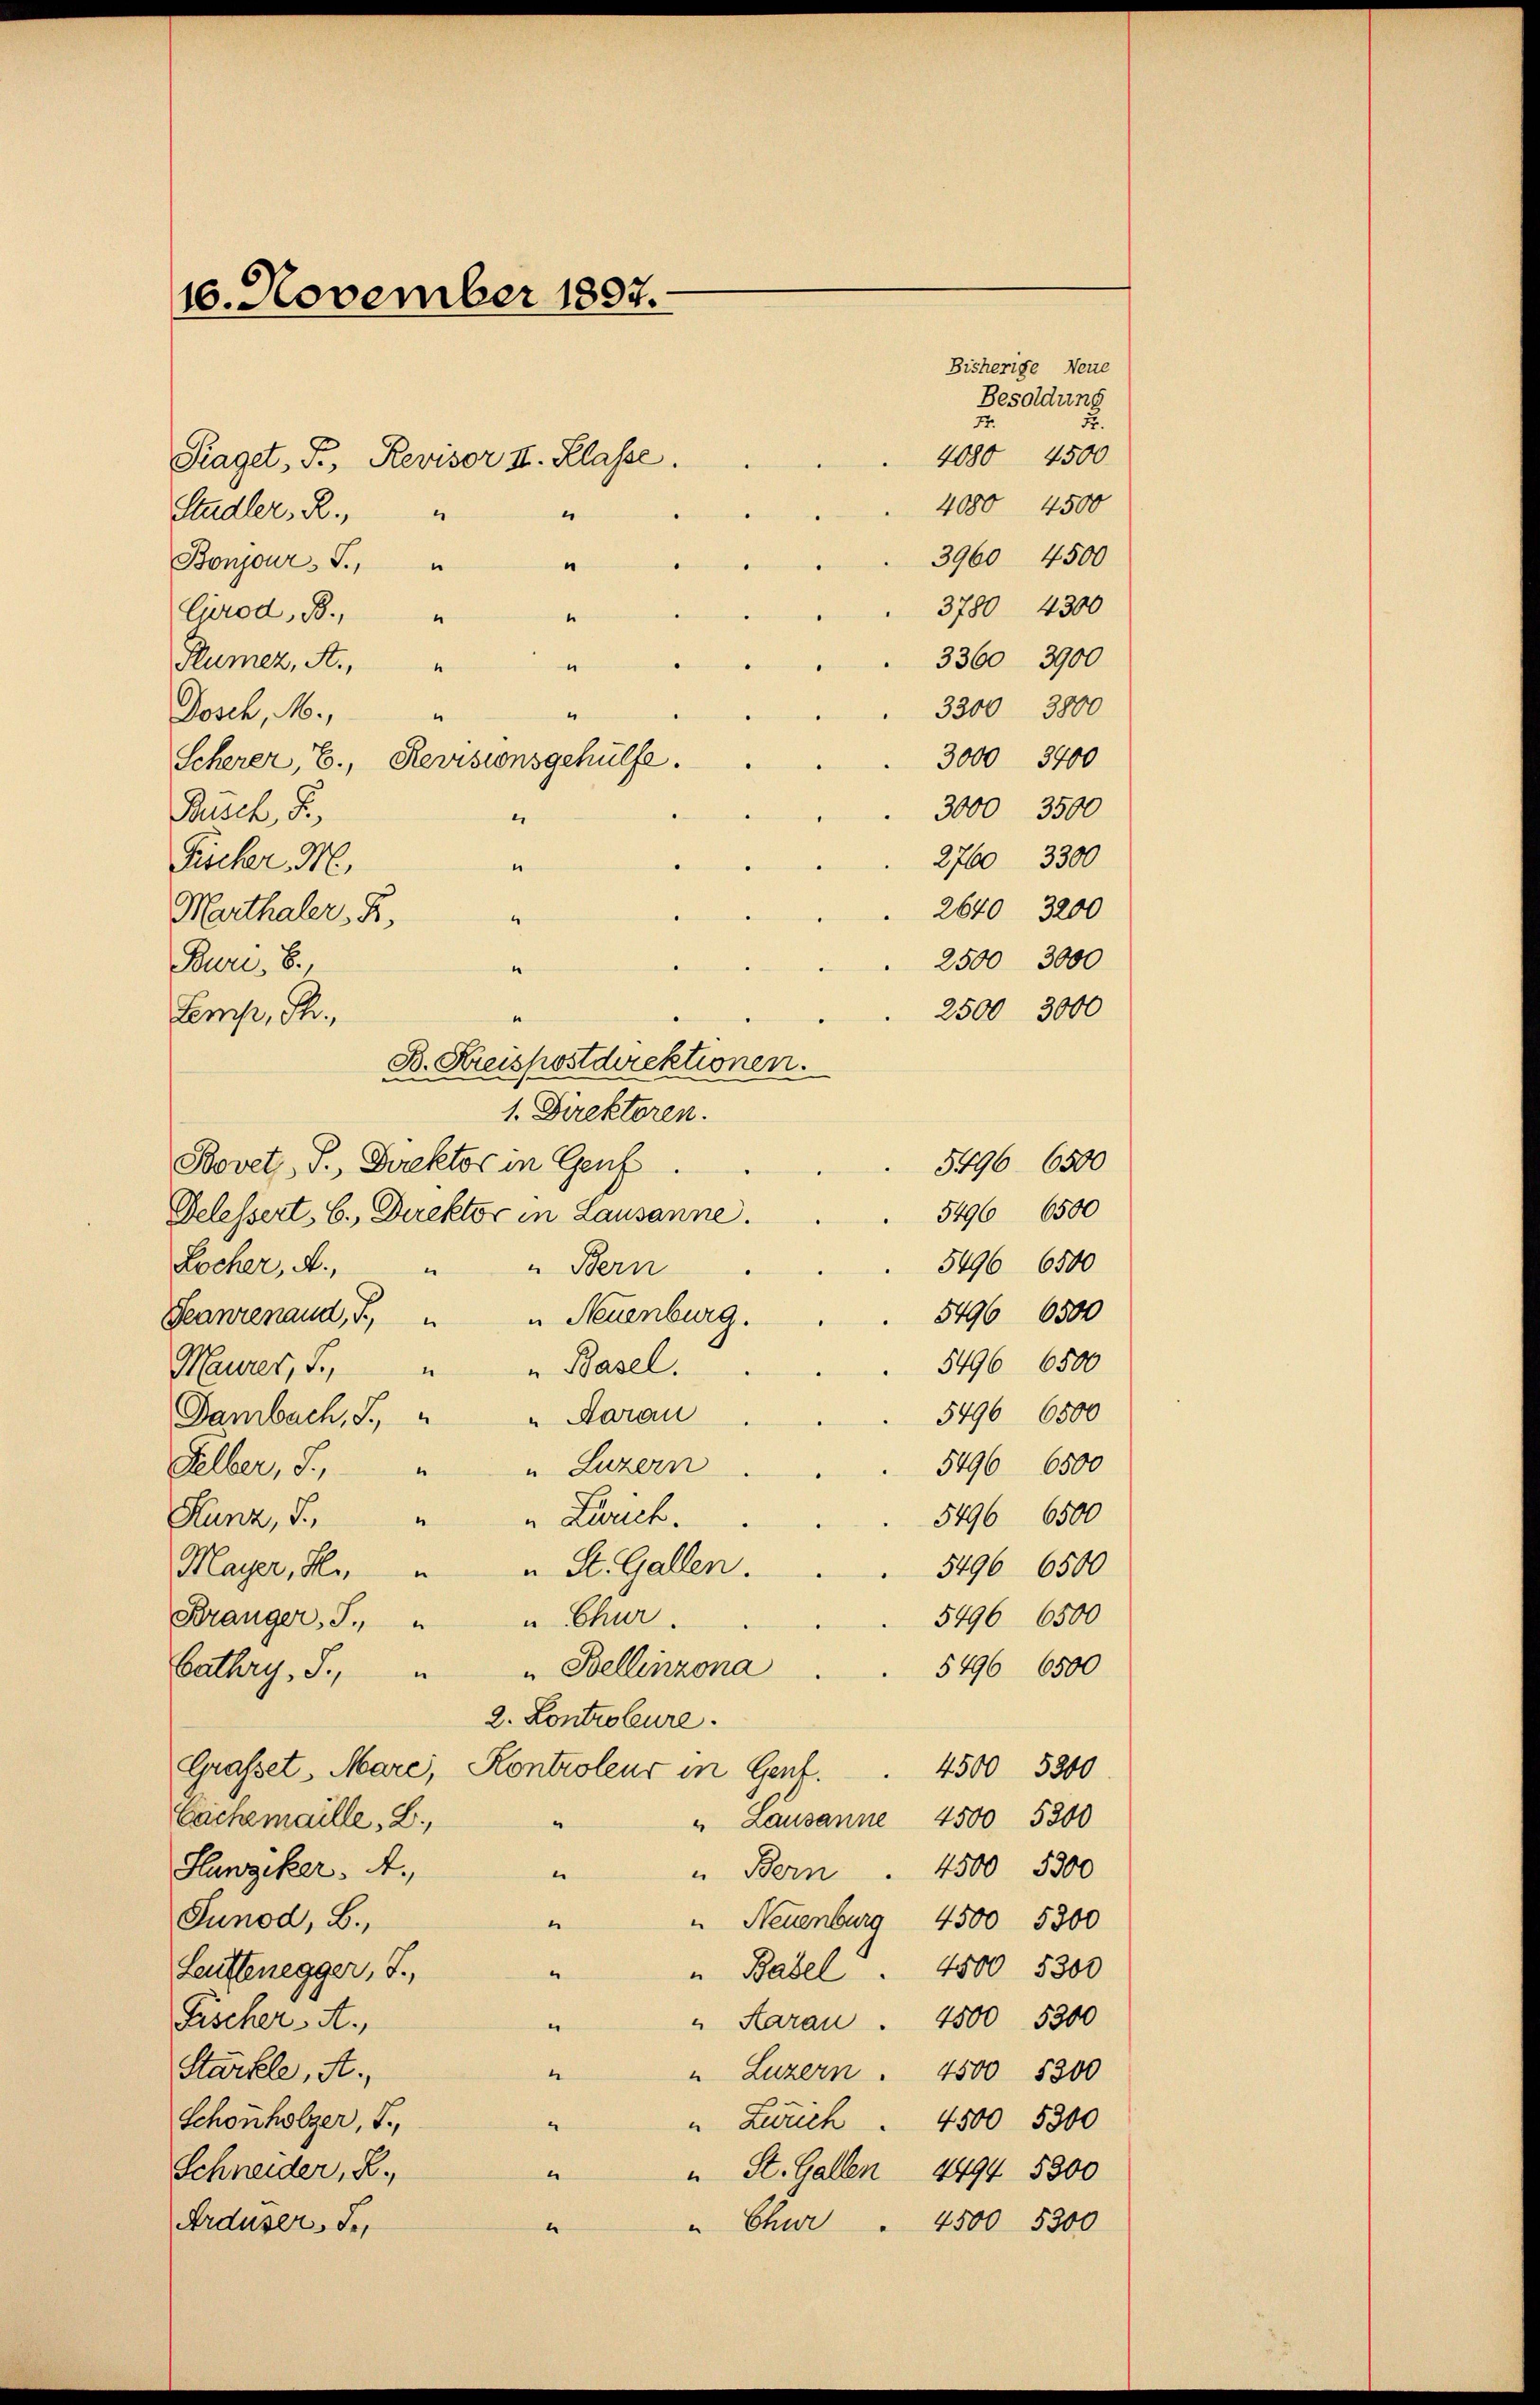
16. November 1897.

Fraget, P. Revisor II. Klasse.
Stadler. R.,
“
u
Bonjour. S.,
“
Crod, B.,
Flumez, A.,
e
Josch, M.,
Scherer, E., Revisionsgehülfe.
Busch, S.
Fischer M.
“
Marthaler, K.
“
Buri, S.
2500 3000
Lemp, St.
1. Direktoren.
5496. 6500
Bovetz, P., Direktor in Genf.
5496 6500
Delessert. 6., Direktor in Lausanne.
5496 6500
Locher, A.,
Bern
.
5496. 6500
" Neuenburg.
Deanrenaud, T
5496. 6500
„ Basel.
Maurer, S.,
1
5496 6500
Dambach, J., " " Aarau
5496 6500
" Luzern
Felber, J.,
“
5496 6500
Hunz, J. " " Zuch
„ St. Gallen.
5496 6500
Mayer, Hr.
5496 6500
u Chur
Bränger, J., "
5496 6500
Bathry, J., " " Bellinzona
2. Controbure.
Grasset, Mare, Kontroleur in Gent.
4500 5200
" Lausanne 4500 5300
Cachemaille, B.,
e
Hunziker. A.
" Bern . 4500 5300
.
Junod, B.,
" Neuenburg 4500 5300
“
" Basel " 4500 5300
Leuttenegger, J.,
“
" Aarau . 4500 5300
Fischer A.
e
Stärkle, A.
n
" Luzern . 4500 5300
Schönholzer, J.,
"Zuuch. 4500 5300
Schneider, R.
1
" St. Gallen 4494 5300
Arduser, de
" Chur . 4500 5300
“

“

“

B. Kreispostdirektionen.

Fr.
77.
4080 4500
4080 4500
3960 4500
3780 4300
3360 3900
3300 3800
3000 3400
3000 3500
276 3300
26 3200
2500 3000

Bisherige Neue
Besoldung